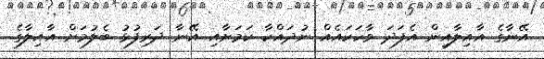
އޭނާގެ އާއިލާއިން އެފަދަ ވާހަކައެއް ނުދައްކާ ކަމަށާއި އޭނާ ދަރިފުޅު ބެލުމަށް އާއިލާގެ